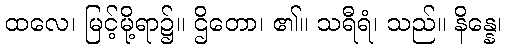
ထလေ၊ မြင့်မို့ရာ၌။ ဌိတော၊ ၏။ သရီရံ၊ သည်။ နိန္နေ၊